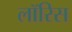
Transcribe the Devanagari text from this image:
लॉरिस